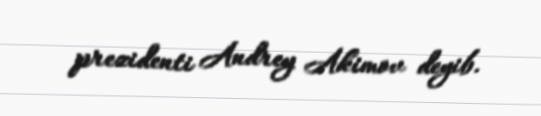
prezidenti Andrey Akimov deyib.